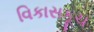
વિકાસકૂચ